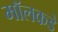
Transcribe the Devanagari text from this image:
मॉलकडे